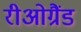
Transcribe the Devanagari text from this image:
रीओग्रैंड